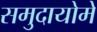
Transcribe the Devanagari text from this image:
समुदायोमे